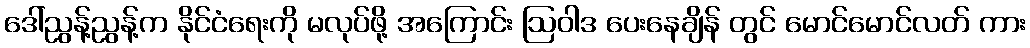
ဒေါ်ညွန့်ညွန့်က နိုင်ငံရေးကို မလုပ်ဖို့ အကြောင်း ဩဝါဒ ပေးနေချိန် တွင် မောင်မောင်လတ် ကား